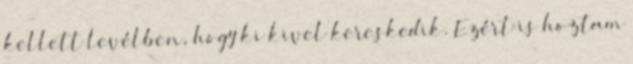
kellett levélben, hogy ki kivel kereskedik. Ezért is hoztam